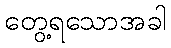
တွေ့ရသောအခါ